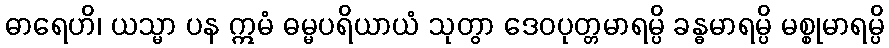
ဓာရေဟိ၊ ယသ္မာ ပန ဣမံ ဓမ္မပရိယာယံ သုတွာ ဒေဝပုတ္တမာရမ္ပိ ခန္ဓမာရမ္ပိ မစ္စုမာရမ္ပိ